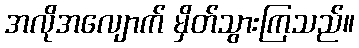
အလိုအလျောက် မှိတ်သွားကြသည်။